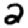
Digit: 2